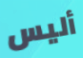
أليس